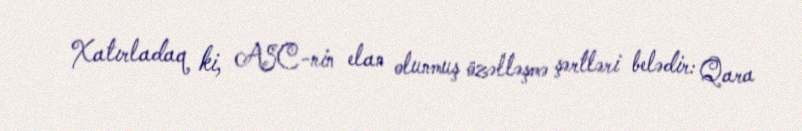
Xatırladaq ki, ASC-nin elan olunmuş özəlləşmə şərtləri belədir: Qara